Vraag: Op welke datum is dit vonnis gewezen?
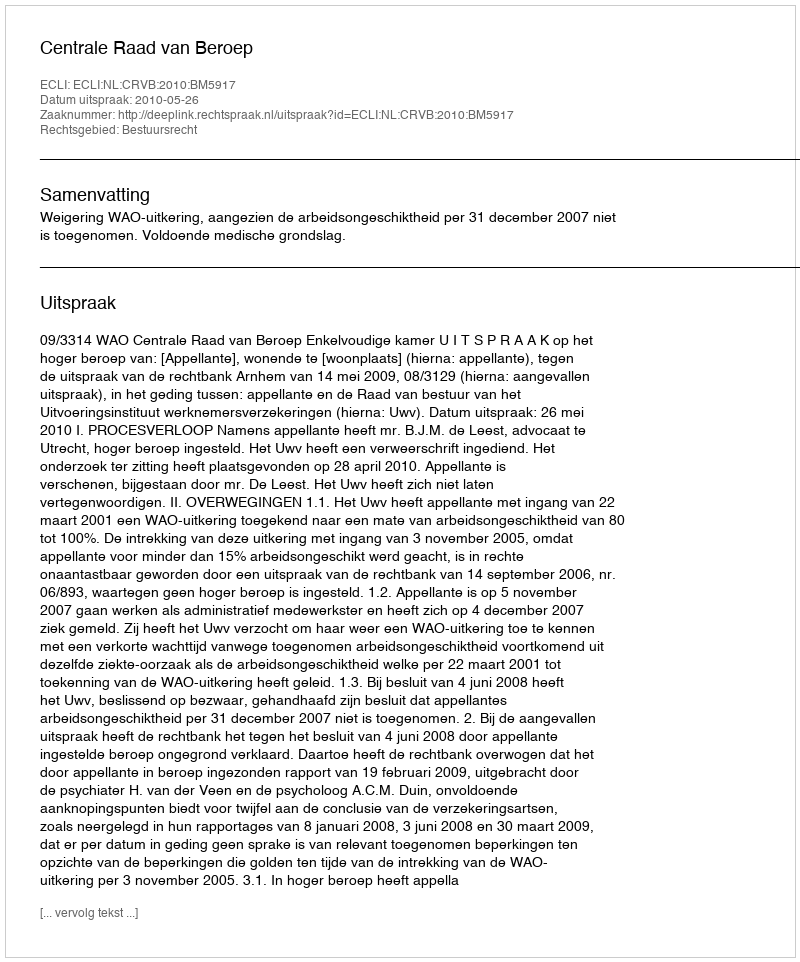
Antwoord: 2010-05-26